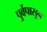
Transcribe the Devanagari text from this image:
पुर्वेपासुन